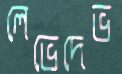
লেভেদেভ